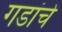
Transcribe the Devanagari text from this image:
गडांचे